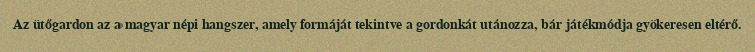
Az ütőgardon az a magyar népi hangszer, amely formáját tekintve a gordonkát utánozza, bár játékmódja gyökeresen eltérő.